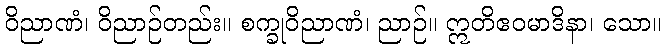
ဝိညာဏံ၊ ဝိညာဉ်တည်း။ စက္ခုဝိညာဏံ၊ ညာဉ်။ ဣတိဧဝမာဒိနာ၊ သော။